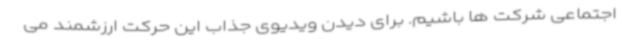
اجتماعی شرکت ها باشیم. برای دیدن ویدیوی جذاب این حرکت ارزشمند می